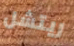
ريتشل